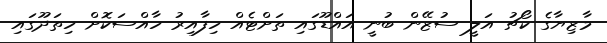
މާޒިޔާގެ ކޯޗު އަލީ ސުޒޭން ބުނީ އައްޑޫގައި ތަށްޓެއް ހިފާއިރު ހާއްސަކޮށް ހިތަދޫގައި